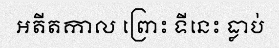
អតីតកាល ព្រោះ ទីនេះ ធ្លាប់